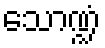
သောဏ္ဍံ